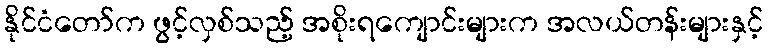
နိုင်ငံတော်က ဖွင့်လှစ်သည့် အစိုးရကျောင်းများက အလယ်တန်းများနှင့်